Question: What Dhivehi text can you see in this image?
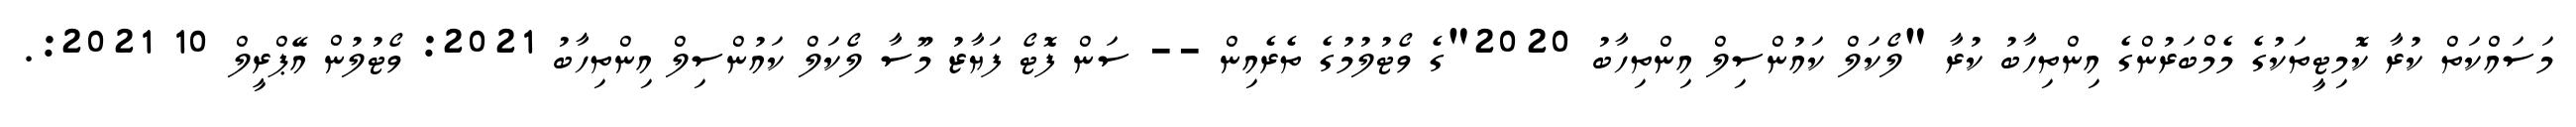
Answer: މަސައްކަތް ކުރާ ކޮމިޓީތަކުގެ މެމްބަރުންގެ އިންތިހާބު ކުރާ "ލޯކަލް ކައުންސިލް އިންތިހާބު 2020"ގެ ވޯޓުލުމުގެ ތެރެއިން -- ސަން ފޮޓޯ ފަޔާޒު މޫސާ ލޯކަލް ކައުންސިލް އިންތިހާބު 2021: ވޯޓުލުން އޭޕްރީލް 10 2021:.